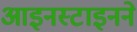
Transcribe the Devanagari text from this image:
आइनस्टाइनने